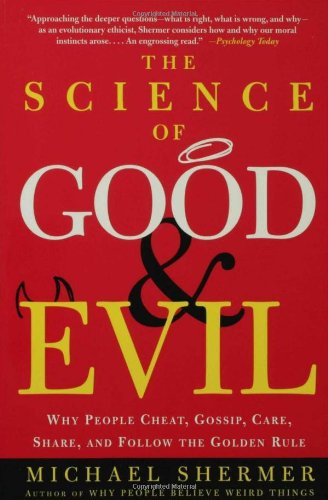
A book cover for The Science of Good and Evil: Why People Cheat, Gossip, Care, Share, and Follow the Golden Rule; Michael Shermer; Science & Math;